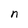
Character: n